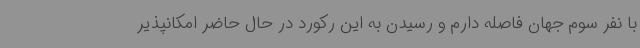
با نفر سوم جهان فاصله دارم و رسیدن به این رکورد در حال حاضر امکانپذیر